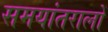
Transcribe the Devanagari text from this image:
समयांतरालों